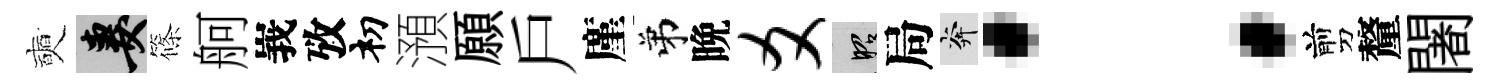
奭妻篠舸峩攷𥘉澦願戶廑弟晩爻昭局奔：剪釐闍